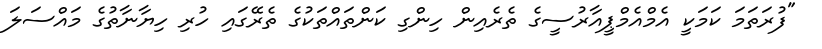
"ފުރަތަމަ ކަމަކީ އެމްއެމްޕީއާރުސީގެ ތެރެެއިން ހިންގި ކަންތައްތަކުގެ ތެރޭގައި ހުރި ހިޔާނާތުގެ މައްސަލަ